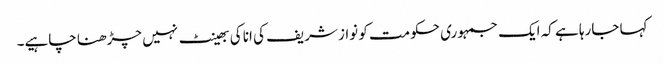
کہا جارہا ہے کہ ایک جمہوری حکومت کو نواز شریف کی انا کی بھینٹ نہیں چڑھنا چاہیے۔